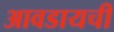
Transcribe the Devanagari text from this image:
आवडायची